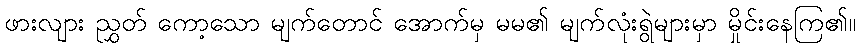
ဖားလျား ညွှတ် ကော့သော မျက်တောင် အောက်မှ မမ၏ မျက်လုံးရွဲများမှာ မှိုင်းနေကြ၏။